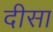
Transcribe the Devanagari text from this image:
दीसा